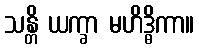
သန္တိ ယက္ခာ မဟိဒ္ဓိကာ။